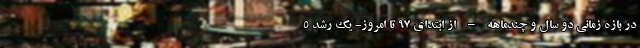
در بازه زمانی دو سال و چندماهه – از ابتدای ۹۷ تا امروز- یک رشد ۵